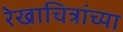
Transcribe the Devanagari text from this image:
रेखाचित्रांच्या